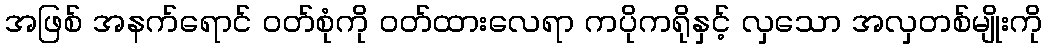
အဖြစ် အနက်ရောင် ဝတ်စုံကို ဝတ်ထားလေရာ ကပိုကရိုနှင့် လှသော အလှတစ်မျိုးကို